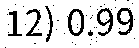
12) 0.99